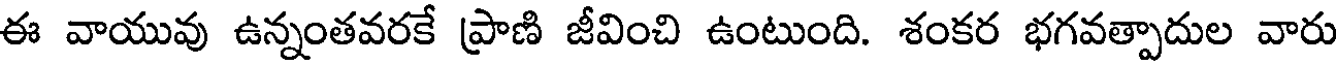
ఈ వాయువు ఉన్నంతవరకే ప్రాణి జీవించి ఉంటుంది. శంకర భగవత్పాదుల వారు